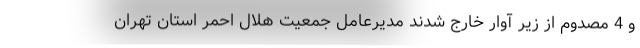
و 4 مصدوم از زیر آوار خارج شدند مدیرعامل جمعیت هلال احمر استان تهران